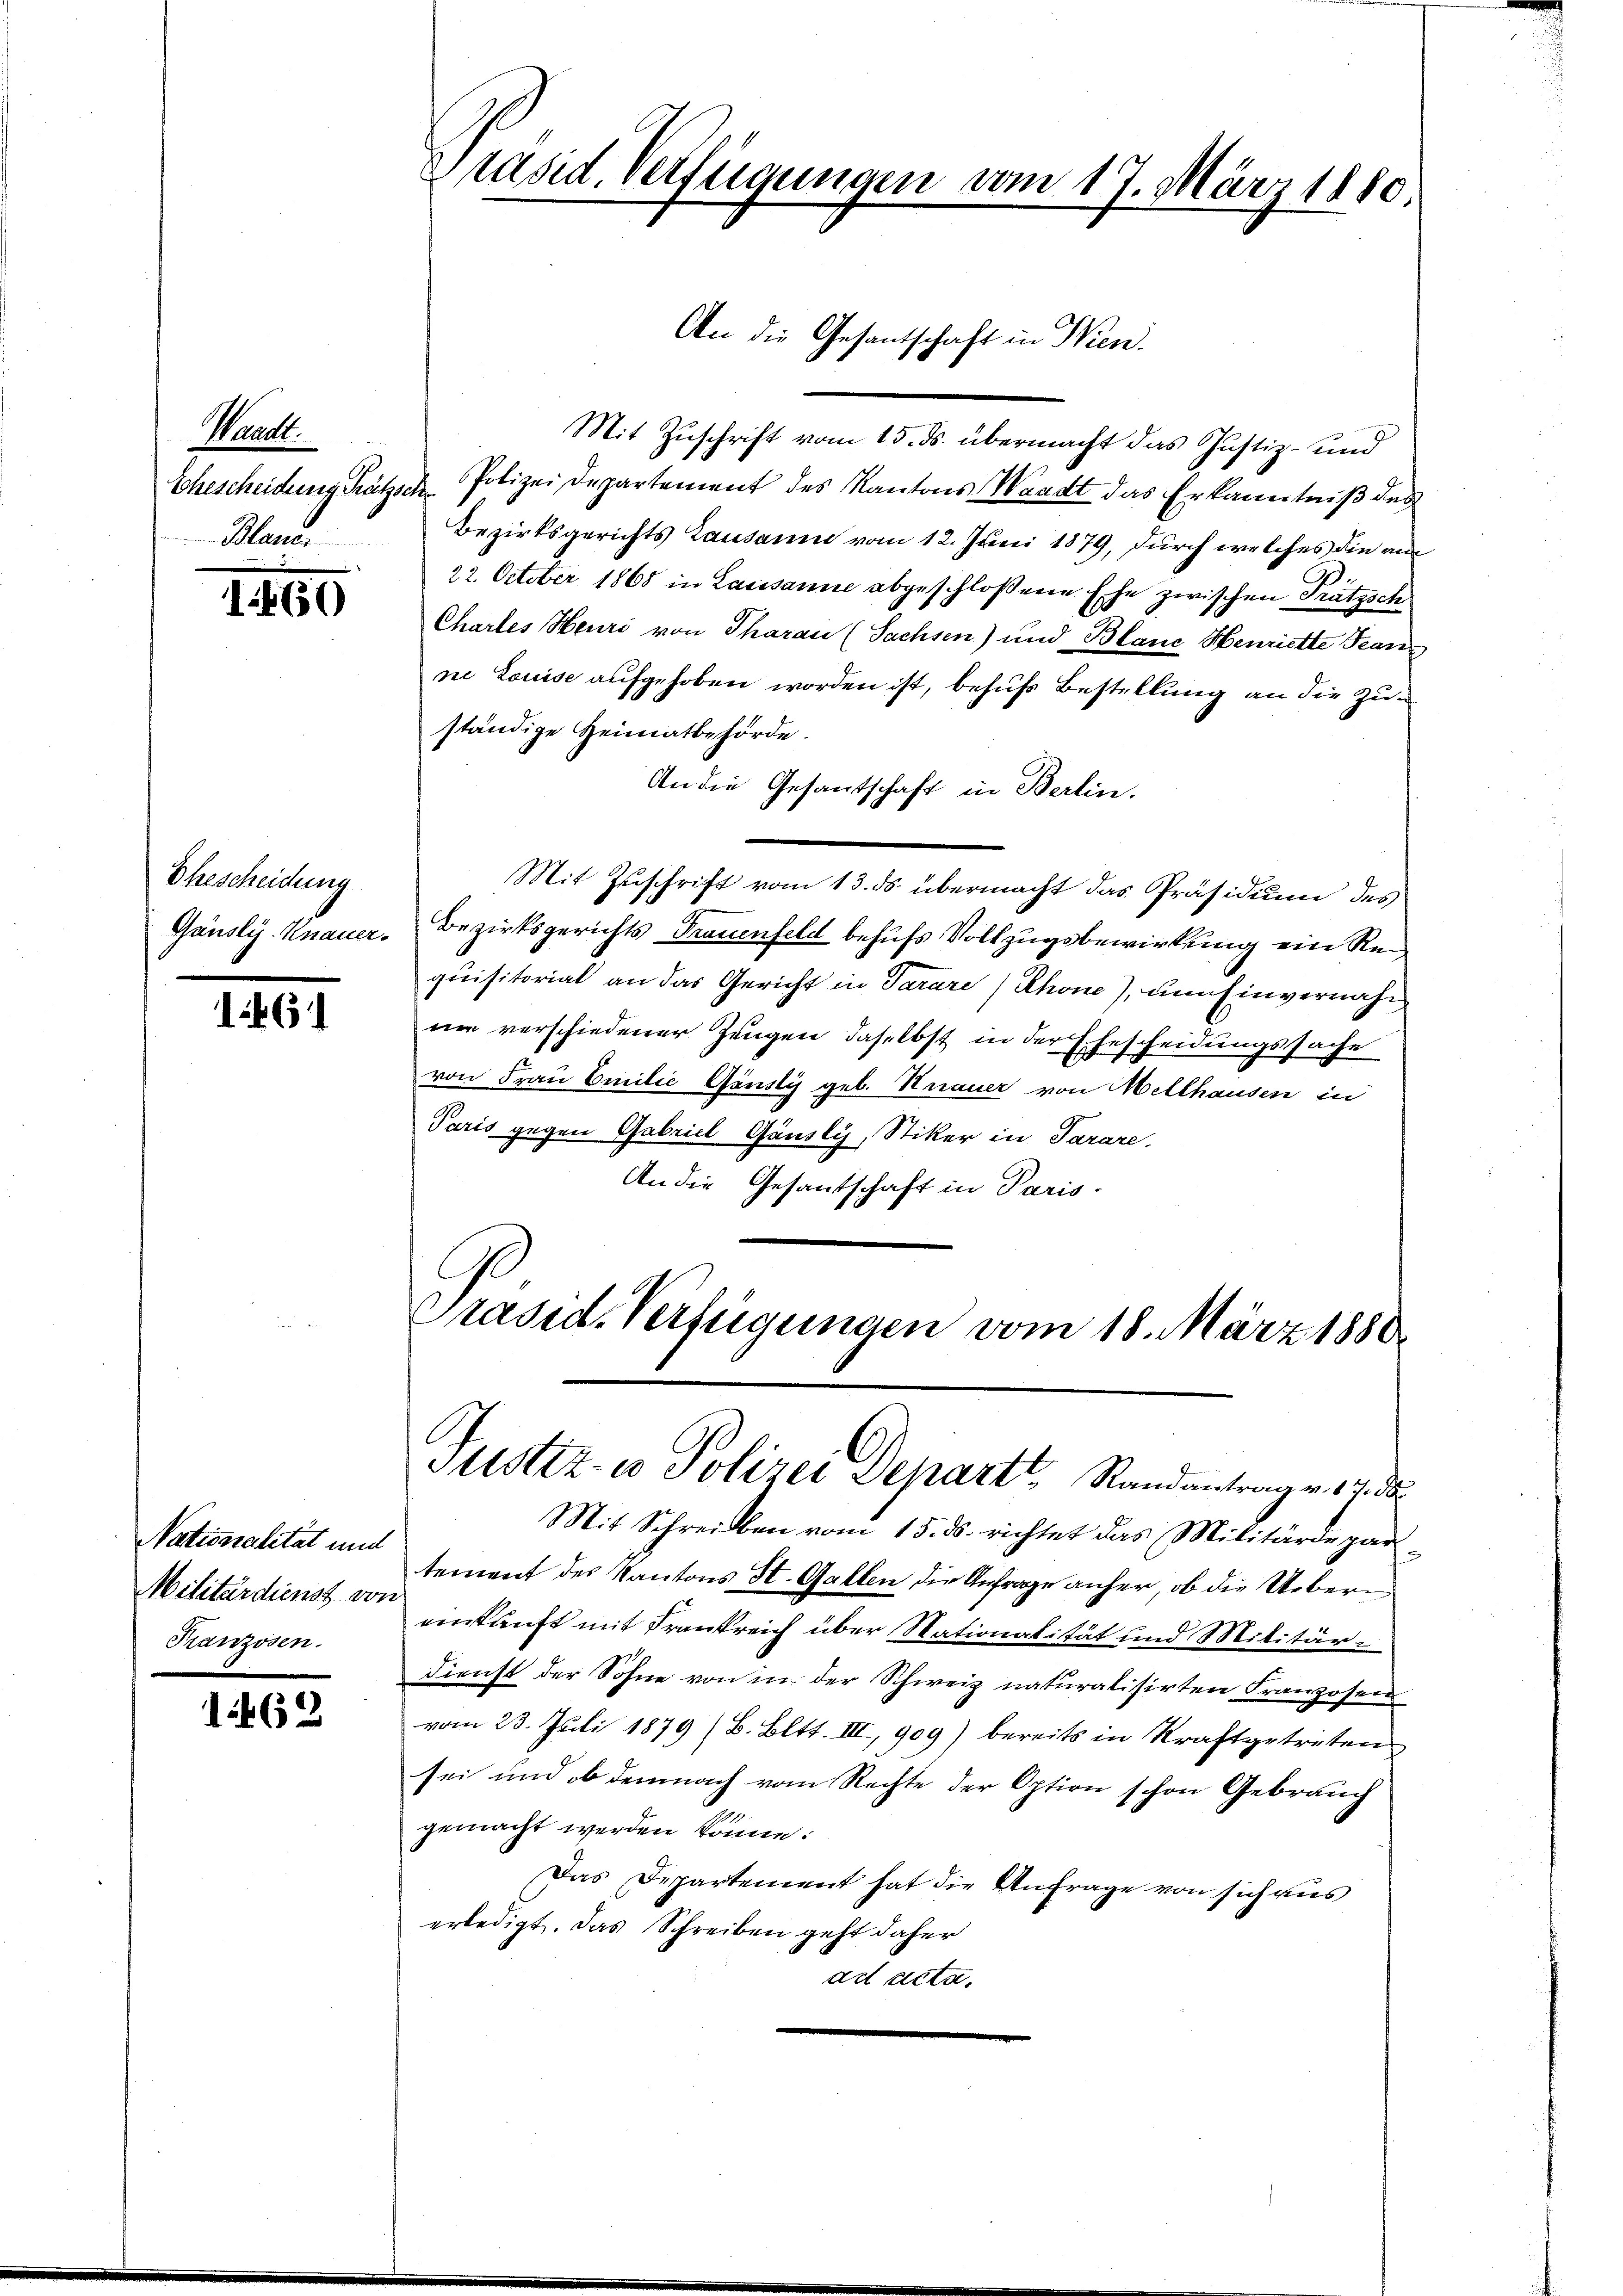
Staunt.
Ehescheidung Pretzsche
Blauer

1460

Ehescheidung
Gänsli-Knauer.

1461

Nationalität und
Militärdienst von
Franzosen.

1462

Präsid. Verfügungen vom 17. März 1880.

Mit Zuschrift vom 15. ds. übermacht das Justiz- und
Polizei Departement des Kantons Waadt das Erkanntniß des
Bezirksgerichts Lausann vom 12. Juni 1879, durch welches die am
22. October 1868 in Lausanne abgeschloßene Ehe zwischen Prätzsch
Chartes Heuri von Tharau (Sachsen) und Blanc Henriette Franz
ne Louise aufgehoben worden ist, behufs Bestellung an die Zuständige Heimatbehörde.
An die Gesantschaft in Berlin.
Mit Zuschrift vom 13. ds. übermacht das Präsidium des
Bezirksgerichts Trauenfeld behufs Vollzugsbewirkung ein Requisitorial an das Gericht in Tarare / Rhone), um Einvernahnee verschiedener Zeugen daselbst in der Ehescheidungssache
von Frau Emilie Gänsly geb. Strauer von Mellhausen in
Paris gegen Gabriel Gänsly, Stiker in Sarare.
An die Gesantschaft in Paris.
C

An die Gesantschaft in Wien.

Präsid. Verfügungen vom 18. März 1880
Justiz- u Polizei Departt, Randantrag v. 17. ds

Mit Schreiben vom 15. ds. richtet das Militärdepar
tement des Kantons St. Gallen die Anfrage anher, ob die Ueberi
einkunft mit Frankreich über Stationalität und Militärdienst der Sohne von in der Schweiz naturalisirten Franzosen
vom 23. Juli 1879 (B. Bett. III, 909) bereits in Kraft getreten
sei und ob demnach vom Rechte der Option schon Gebrauch
gemacht werden könne.
Das Departement hat die Anfrage von sich aus
erledigt. Das Schreiben geht daher
ad acta.